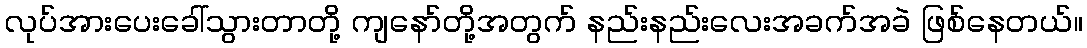
လုပ်အားပေးခေါ်သွားတာတို့ ကျနော်တို့အတွက် နည်းနည်းလေးအခက်အခဲ ဖြစ်နေတယ်။